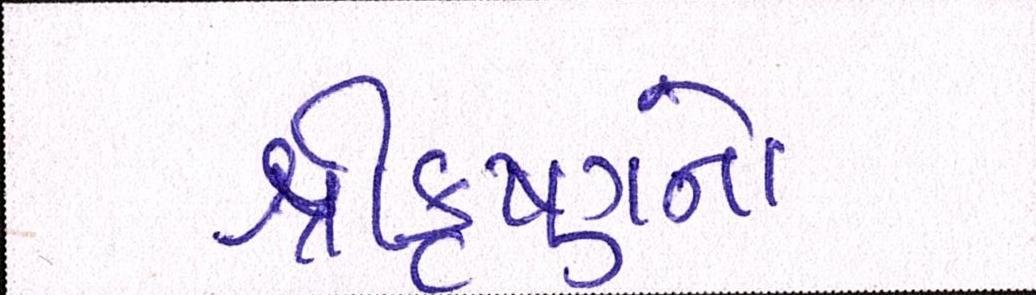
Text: શ્રીકૃષ્ણનો